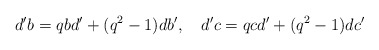
\begin{align*}d'b=qbd'+(q^2-1)db',\quad d'c=qcd'+(q^2-1)dc'\end{align*}